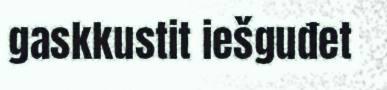
gaskkustit iešguđet